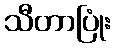
သီတာပြုံး